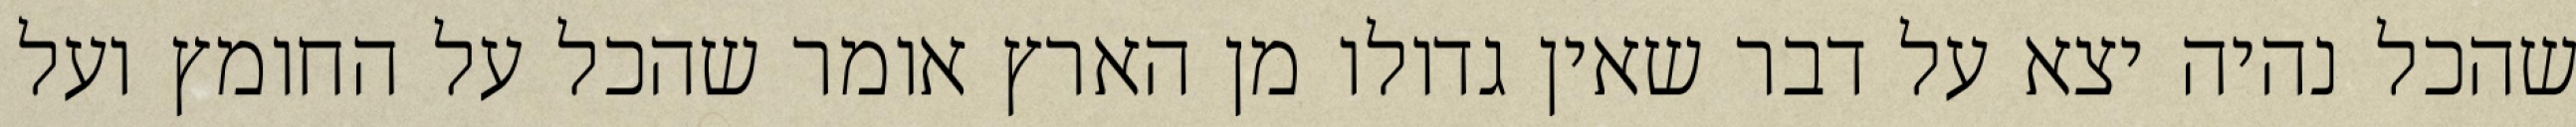
שהכל נהיה יצא על דבר שאין גדולו מן הארץ אומר שהכל על החומץ ועל